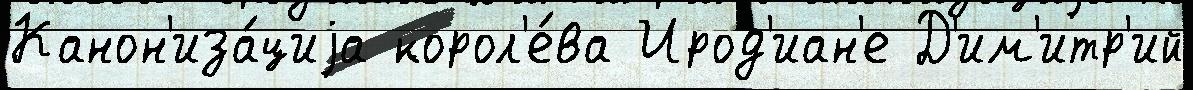
Канон'иза́циjа корол'е́ва Ирод'иан'е Д'им'итр'ий